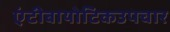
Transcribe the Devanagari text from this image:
एंटीबायोटिकउपचार